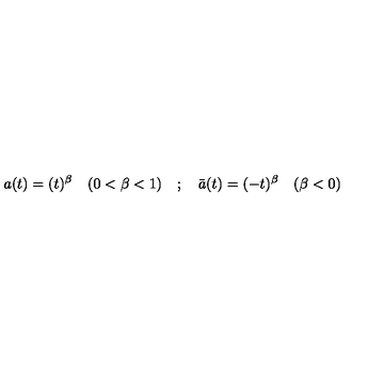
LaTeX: a ( t ) = ( t ) ^ { \beta } \quad ( 0 < \beta < 1 ) \quad ; \quad \bar { a } ( t ) = ( - t ) ^ { \beta } \quad ( \beta < 0 )